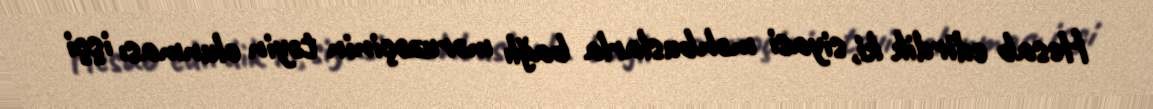
Hesab edirdik ki, siyasi məhbuslarla bağlı məruzəçinin təyin olunması işçi